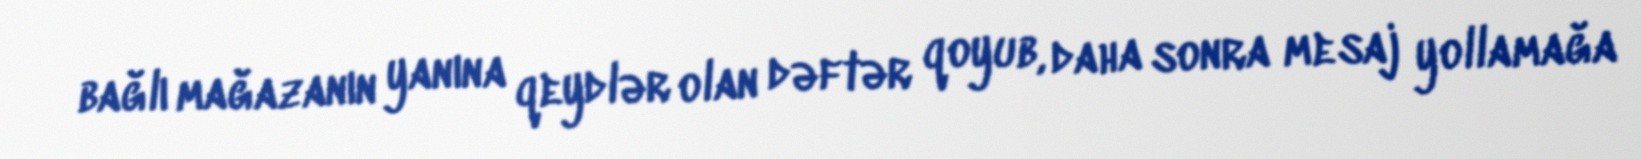
bağlı mağazanın yanına qeydlər olan dəftər qoyub, daha sonra mesaj yollamağa